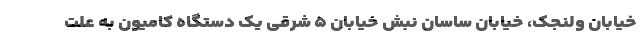
خیابان ولنجک، خیابان ساسان نبش خیابان ۵ شرقی یک دستگاه کامیون به علت